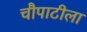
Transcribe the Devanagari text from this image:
चौपाटीला